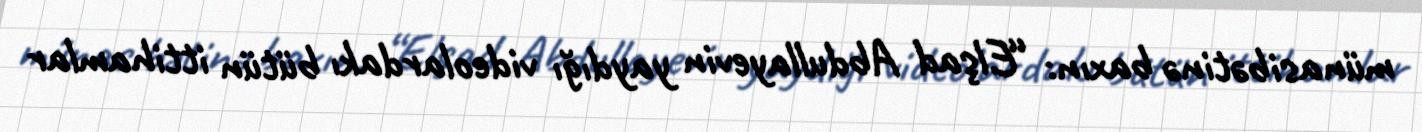
münasibətinə baxın: “Elşad Abdullayevin yaydığı videolardakı bütün ittihamlar